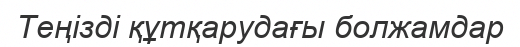
Теңізді құтқарудағы болжамдар